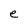
Character: e